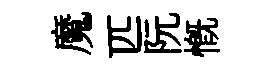
魔匹阮慨